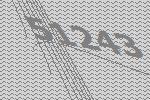
51243